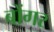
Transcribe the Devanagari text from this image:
बोंगर